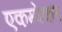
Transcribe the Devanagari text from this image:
एकम्बेकर